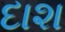
દાશ